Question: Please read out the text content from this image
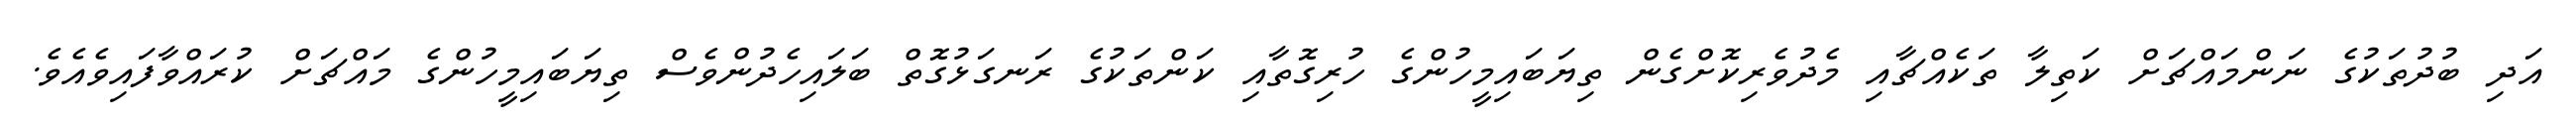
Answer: އަދި ބުދުތަކުގެ ނަންމައްޗަށް ކަތިލާ ތަކެއްޗާއި މެދުވެރިކޮށްގެން ތިޔަބައިމީހުންގެ ހުރިގޮތާއި ކަންތަކުގެ ރަނގަޅުގޮތް ބަލައިހެދުންވެސް ތިޔަބައިމީހުންގެ މައްޗަށް ކުރައްވާފައިވެއެވެ.